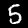
Digit: 5